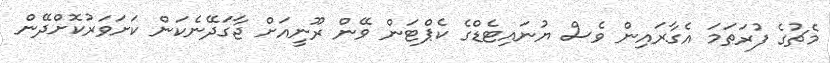
މެޗުގެ ފުރަތަމަ އެގާރައިން ވެސް ޔުނައިޓެޑްގެ ކެޕްޓަން ވޭން ރޫނީއަށް ޖާގަދޭނެކަން ކަށަވަރުކޮށްދޭން